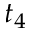
t _ { 4 }